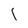
Character: 1